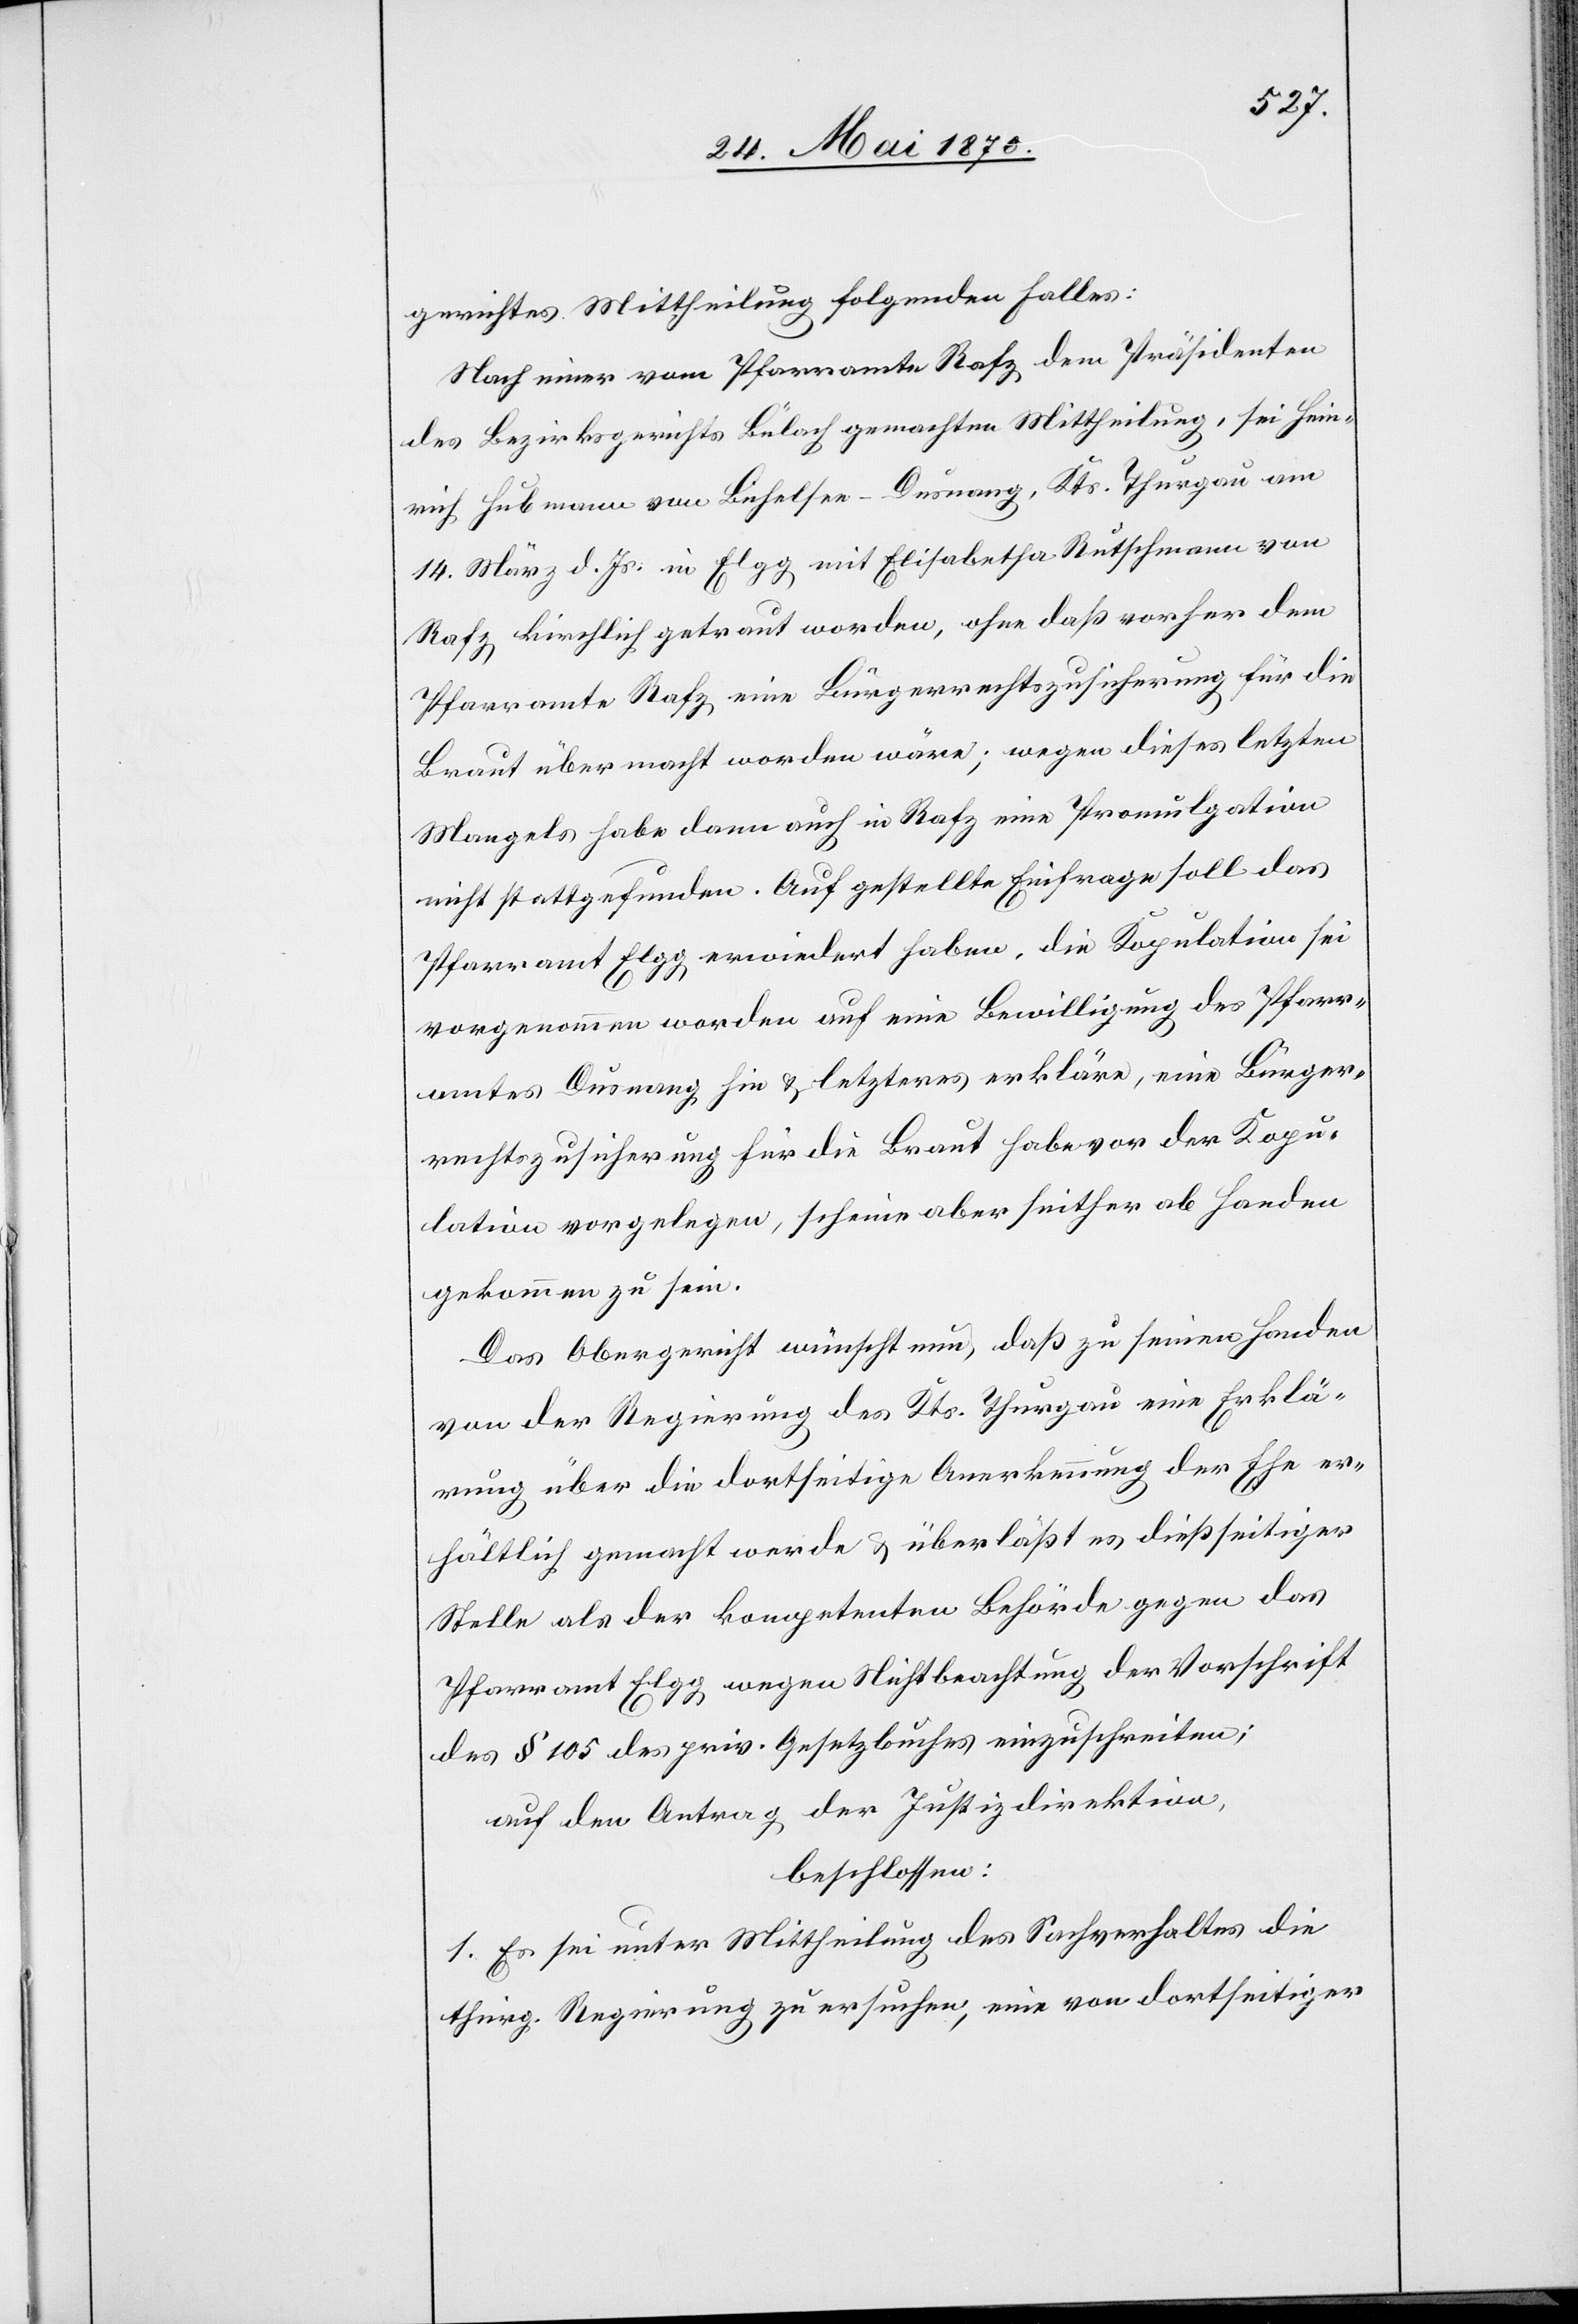
gerichtes Mittheilung folgenden Falles:
Nach einer vom Pfarramte Rafz dem Präsidenten
des Bezirksgerichts Bülach gemachten Mittheilung, sei Hein¬
rich Hubmann von Bichelsee - Dusnang, Kts. Thurgau am
14. März d. Js. in Elgg mit Elisabetha Rutschmann von
Rafz kirchlich getraut worden, ohne daß vorher dem
Pfarramte Rafz eine Bürgerrechtszusicherung für die
Braut übermacht worden wäre; wegen dieses letzten
Mangels habe dann auch in Rafz eine Promulgation
nicht stattgefunden. Auf gestellte Einfrage soll das
Pfarramt Elgg erwiedert haben, die Kopulation sei
vorgenommen worden auf eine Bewilligung des Pfarr¬
amtes Dusnang hin & letzteres erkläre, eine Bürger¬
rechtszusicherung für die Braut habe vor der Kopu¬
lation vorgelegen, scheine aber seither ab Handen
gekommen zu sein.
Das Obergericht wünscht nun, daß zu seinen Handen
von der Regierung des Kts. Thurgau eine Erklä¬
rung über die dortseitige Anerkennung der Ehe er¬
hältlich gemacht werde & überläßt es dießseitiger
Stelle als der kompetenten Behörde gegen das
Pfarramt Elgg wegen Nichtbeachtung der Vorschrift
des § 105 des priv. Gesetzbuches einzuschreiten;
auf den Antrag der Justizdirektion,
beschlossen:
1. Es sei unter Mittheilung des Sachverhaltes die
thurg. Regierung zu ersuchen, eine von dortseitiger